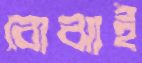
বোঝাই